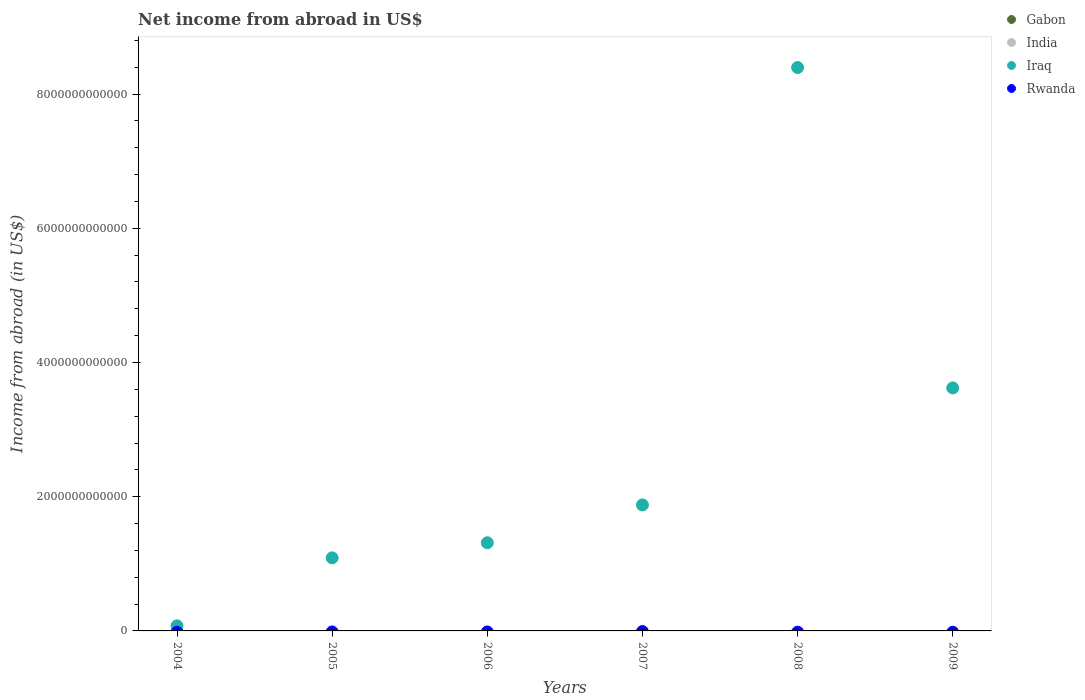
| Years | Gabon | India | Iraq | Rwanda |
 | --- | --- | --- | --- | --- |
 | 2004 | -6.29e+11 | -2.24e+11 | 7.62e+10 | -1.94e+10 |
 | 2005 | -5.05e+11 | -2.61e+11 | 1.09e+12 | -1.52e+10 |
 | 2006 | -7.11e+11 | -3.32e+11 | 1.31e+12 | -1.58e+10 |
 | 2007 | -7.98e+11 | -2.05e+11 | 1.88e+12 | -9.42e+09 |
 | 2008 | -8.28e+11 | -3.29e+11 | 8.4e+12 | -1.92e+10 |
 | 2009 | -4.77e+11 | -3.8e+11 | 3.62e+12 | -2.02e+10 |